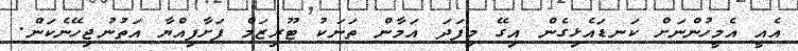
އެއީ އެމީހުންނަށް ކަނޑައެޅިގެން އިގޭ މިފަދަ އަމާން ތަނަކު ޓޫރިޒަމް ފަށާފިއްޔާ އަތުނުޖިހޭނެކަން.